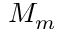
M _ { m }